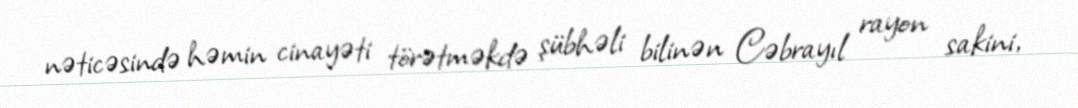
nəticəsində həmin cinayəti törətməkdə şübhəli bilinən Cəbrayıl rayon sakini,